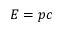
E = p c